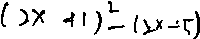
( 2 x + 1 ) ^ { 2 } - ( 2 x - 5 )